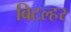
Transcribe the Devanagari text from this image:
बिटल्हर